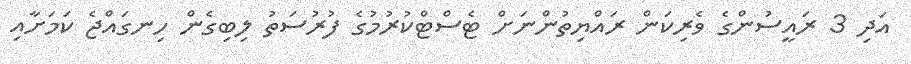
އަދި 3 ރައީސުންގެ ވެރިކަން ރައްޔިތުންނަށް ޓެސްޓްކުރުމުގެ ފުރުސަތު ލިބިގެން ހިނގައްޖެ ކަމަށާއި